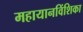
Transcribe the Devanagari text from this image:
महायानविंशिका